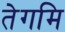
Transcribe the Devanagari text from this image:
तेगमि